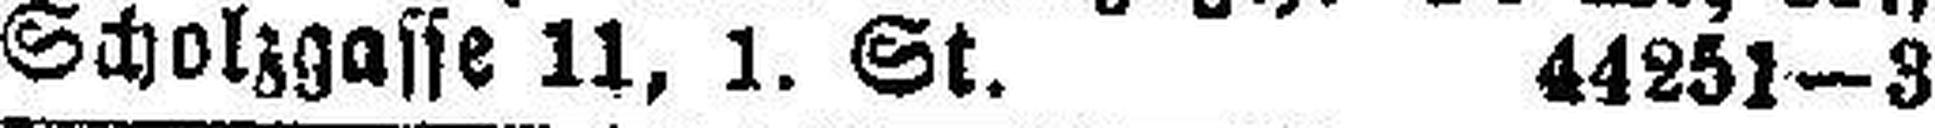
Scholzgasse 11, 1. St. 44251—3